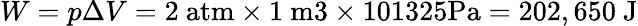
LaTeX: W={p\Delta V}=2~{\mathrm{atm}}\times 1~{\mathrm{m3}}\times 101325{\mathrm{Pa}}=202,650{\mathrm{~J}}